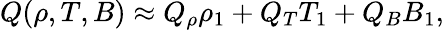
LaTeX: Q(\rho,T,B)\approx Q_{\rho}\rho_{1}+Q_{T}T_{1}+Q_{B}B_{1},